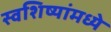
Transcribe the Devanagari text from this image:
स्वशिष्यांमध्ये